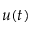
u ( t )